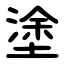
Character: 塗